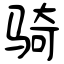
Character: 骑